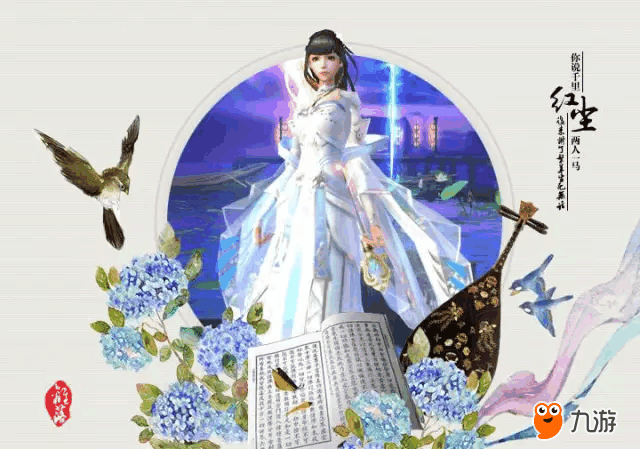
唯愿当歌对酒时，月光长照金樽里。